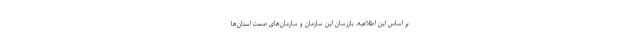
بر اساس این اطلاعیه، بازرسان این سازمان و سازمان‌های صمت استان‌ها